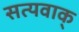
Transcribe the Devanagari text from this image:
सत्यवाक्‌